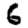
Digit: 6